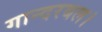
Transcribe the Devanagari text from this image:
गान्दरबल।